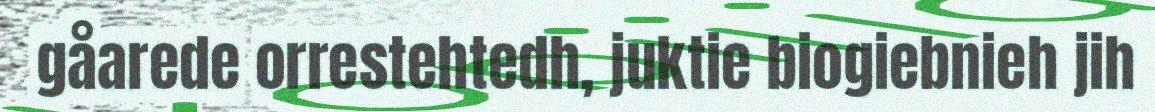
gåarede orrestehtedh, juktie biogiebnieh jih